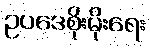
ဥပဒေစိုးမိုးရေး